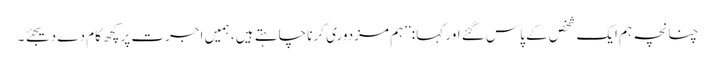
چنانچہ ہم ایک شخص کے پاس گئے اور کہا :’’ہم مزدوری کرنا چاہتے ہیں ، ہمیں اجرت پرکچھ کام دے دیجئے ۔